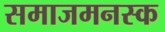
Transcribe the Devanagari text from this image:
समाजमनस्क